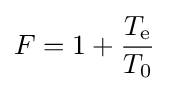
F=1+{\frac {T_{\text{e}}}{T_{0}}}